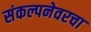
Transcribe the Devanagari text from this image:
संकल्पनेवरचा